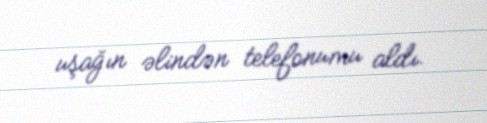
uşağın əlindən telefonumu aldı.